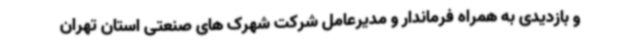
و بازدیدی به همراه فرماندار و مدیرعامل شرکت شهرک های صنعتی استان تهران